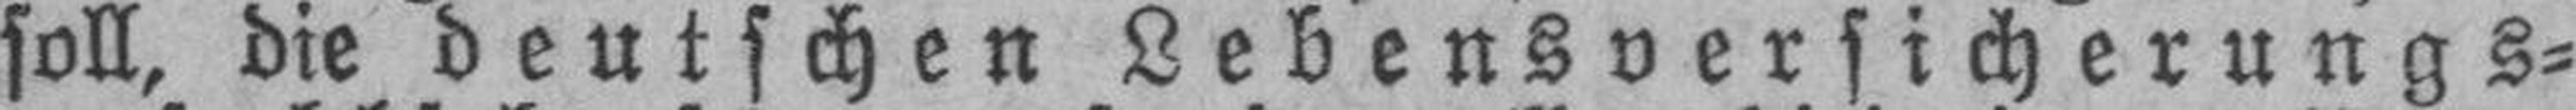
soll, die deutschen Lebensversicherungs¬